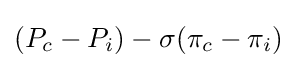
(P_{c}-P_{i})-\sigma (\pi _{c}-\pi _{i})